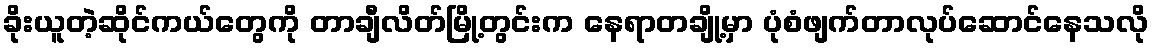
ခိုးယူတဲ့ဆိုင်ကယ်တွေကို တာချီလိတ်မြို့တွင်းက နေရာတချို့မှာ ပုံစံဖျက်တာလုပ်ဆောင်နေသလို